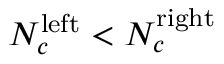
N _ { c } ^ { \mathrm { l e f t } } < N _ { c } ^ { \mathrm { r i g h t } }